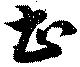
甚